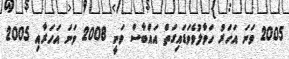
2005 ވަނަ އަހަރު ހަވާލުވެވަޑައިގަތް އައްބާސް ވަނީ 2008 ވަނަ އަހަރާއި 2005